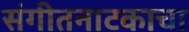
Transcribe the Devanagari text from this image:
संगीतनाटकाचा